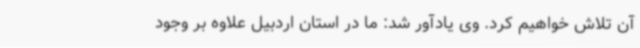
آن تلاش خواهیم کرد. وی یادآور شد: ما در استان اردبیل علاوه بر وجود